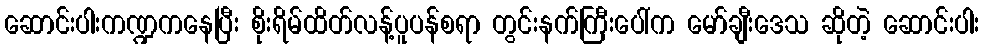
ဆောင်းပါးကဏ္ဍကနေပြီး စိုးရိမ်ထိတ်လန့်ပူပန်စရာ တွင်းနက်ကြီးပေါ်က မော်ချီးဒေသ ဆိုတဲ့ ဆောင်းပါး